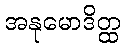
အနုမောဒိတ္ထ